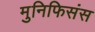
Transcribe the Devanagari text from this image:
मुनिफिसंस